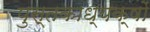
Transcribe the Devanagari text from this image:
पुस्तकाध्यक्षों